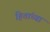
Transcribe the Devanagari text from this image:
हितांच्या